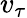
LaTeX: v_{\tau}